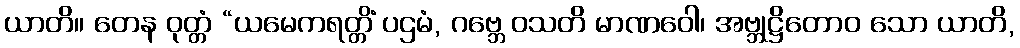
ယာတိ။ တေန ဝုတ္တံ “ယမေကရတ္တိံ ပဌမံ, ဂဗ္ဘေ ဝသတိ မာဏဝေါ၊ အဗ္ဘုဋ္ဌိတောဝ သော ယာတိ,